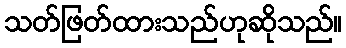
သတ်ဖြတ်ထားသည်ဟုဆိုသည်။